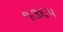
૧૩૬૫